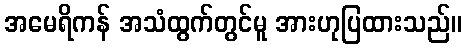
အမေရိကန် အသံထွက်တွင်မူ အားဟုပြထားသည်။